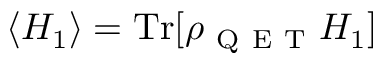
\langle H _ { 1 } \rangle = \mathrm { T r } [ \rho _ { \mathrm { ~ Q ~ E ~ T ~ } } H _ { 1 } ]